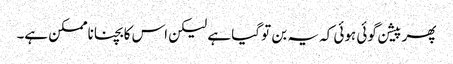
پھر پیشن گوئی ہوئی کہ یہ بن تو گیا ہے لیکن اس کا بچنا ناممکن ہے۔